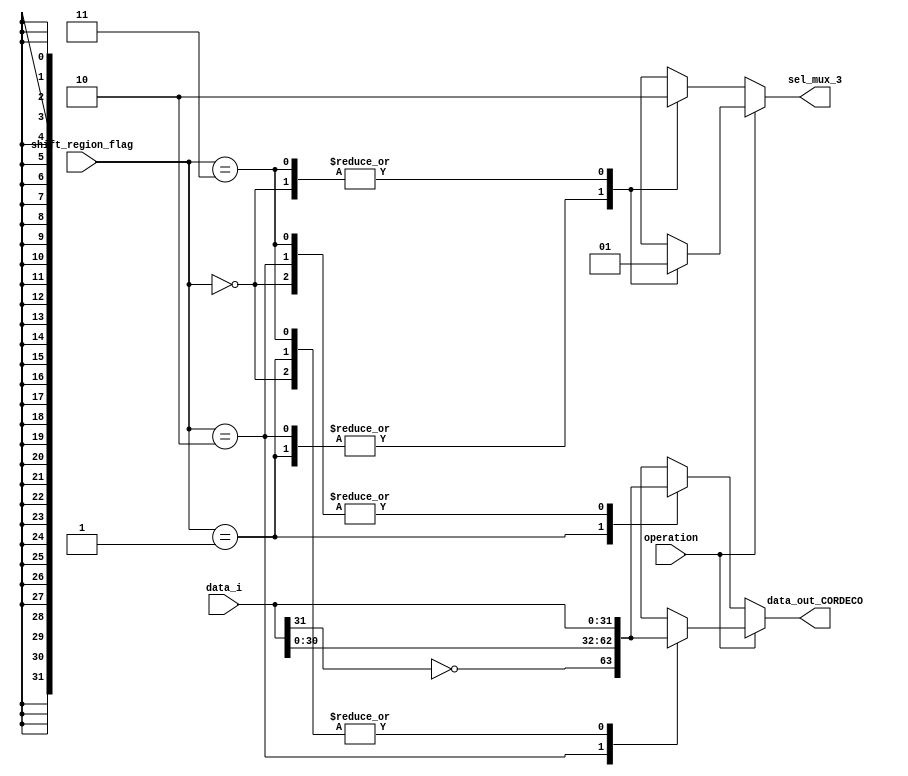
module DECO_CORDIC_EXT #(parameter W = 32)(
   input wire [W-1:0] data_i,
   input wire         operation,
   input wire [1:0]   shift_region_flag,
   output reg         sel_mux_3,
   output reg [W-1:0] data_out_CORDECO
   );


   always @(*) begin
     if(operation == 1'b0)
        begin  //COSENO
          case (shift_region_flag)
            2'b00  : begin
                        sel_mux_3 = 1'b0;
                        data_out_CORDECO = data_i;
                     end
            2'b01  : begin
                        sel_mux_3 = 1'b1;
                        data_out_CORDECO = {~data_i[W-1],data_i[W-2:0]};
                     end
            2'b10  : begin
                        sel_mux_3 = 1'b1;
                        data_out_CORDECO = data_i;
                     end
            2'b11  : begin
                        sel_mux_3 = 1'b0;
                        data_out_CORDECO = data_i;
                     end
          endcase
        end
      else begin  ///SENO
          case (shift_region_flag)
            2'b00  : begin
                        sel_mux_3 = 1'b1;
                        data_out_CORDECO = data_i;
                     end
            2'b01  : begin
                        sel_mux_3 = 1'b0;
                        data_out_CORDECO = data_i;
                     end
            2'b10  : begin
                        sel_mux_3 = 1'b0;
                        data_out_CORDECO = {~data_i[W-1],data_i[W-2:0]};;
                     end
            2'b11  : begin
                        sel_mux_3 = 1'b1;
                        data_out_CORDECO = data_i;
                     end 
          endcase
      end
   end


endmodule